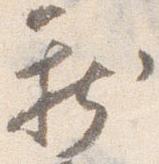
新